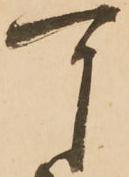
可